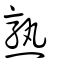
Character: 熟